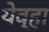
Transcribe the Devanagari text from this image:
येव्हा